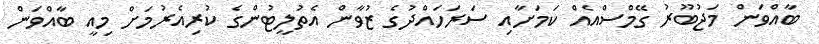
ބާއްވަން މަޖުބޫރު ގޭމްސްއެއް ކަމަށާއި ސަރަހައްދުގެ ޒުވާން އެތުލީޓުންގެ ކުރިއެރުމަށް މިއީ ބާއްވަަން